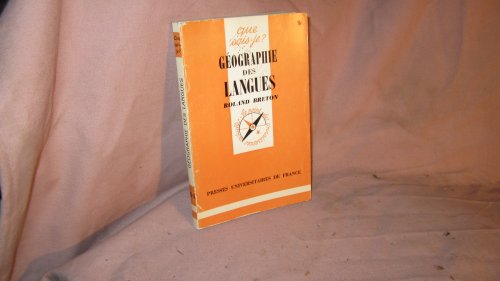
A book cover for Atlas geographique des langues et des ethnies de l'Inde et du subcontinent: Bangladesh, Pakistan, Sri Lanka, Nepal, Bhoutan, Sikkim (Travaux du ... sur le bilinguisme ; A-10) (French Edition); Roland J. L Breton; Travel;